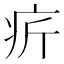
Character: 𤴾